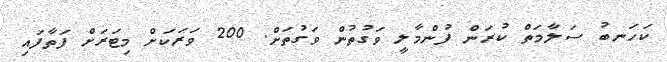
ކަހަނބު ސަލާމަތް ކުރަން ފުންމާލީ ވަގުތުން ވަގުތަށް. 200 ވަރަކަށް މިޓަރަށް ފަތާފައި